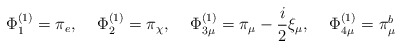
\begin{align*}\Phi_1^{(1)}=\pi_e, \quad \, \Phi_2^{(1)}=\pi_\chi, \,\quad\Phi_{3\mu}^{(1)}=\pi_\mu-\frac{i}{2}\xi_\mu,\quad\,\Phi_{4\mu}^{(1)}=\pi_\mu^b\end{align*}